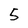
Character: 5